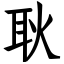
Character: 耿